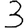
Digit: 3